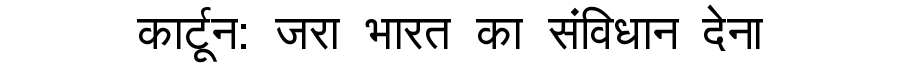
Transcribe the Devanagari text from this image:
कार्टून: जरा भारत का संविधान देना